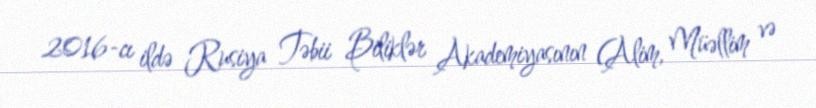
2016-cı ildə Rusiya Təbii Biliklər Akademiyasının (Alim, Müəllim və